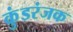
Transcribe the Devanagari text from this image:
कुंडरंजक